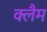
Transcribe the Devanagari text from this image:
क्लैम